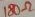
Text: 180Ω